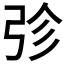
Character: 𭚫